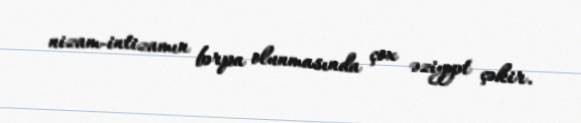
nizam-intizamın bərpa olunmasında çox əziyyət çəkir.